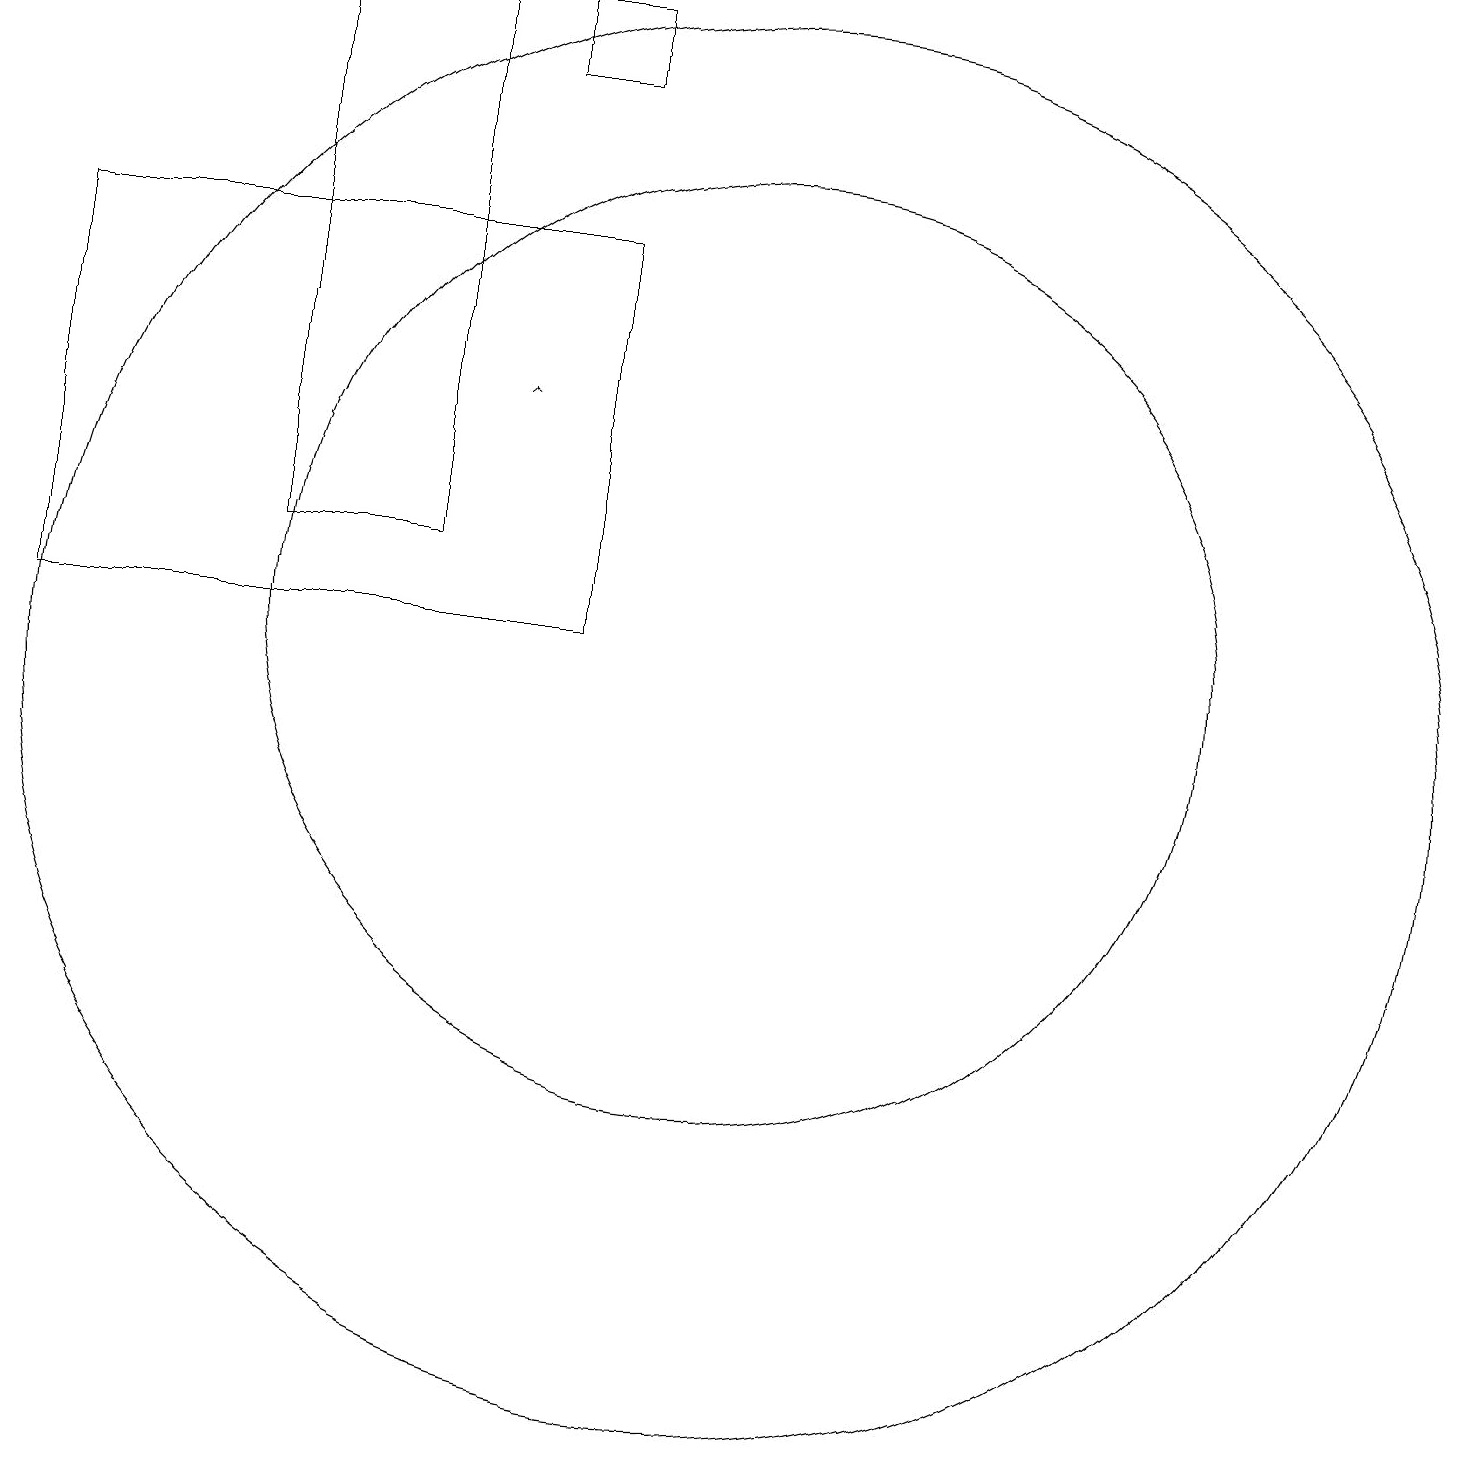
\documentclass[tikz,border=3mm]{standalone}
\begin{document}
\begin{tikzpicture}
\draw[->] (8,14) -- (8,14);
\draw (2,11) rectangle (9,16);
\draw (9,18) rectangle (8,19);
\draw (11,11) circle (6);
\draw (11,10) circle (9);
\draw (5,19) rectangle (7,12);
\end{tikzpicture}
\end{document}